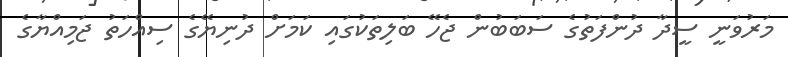
މަރުވަނީ ސީދާ ދުންފަތުގެ ސަބަބުން ޖެހޭ ބަލިތަކުގައި ކަމަށް ދުނިޔޭގެ ސިއްހަތު ޖަމިއްޔާގެ